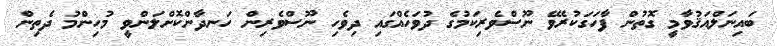
ބައިނަލްއަޤުވާމީ ގޮތުން ފާހަގަކުރެވޭ ނޫސްވެރިކަމުގެ ދުވަހެއްގައި ދިވެހި ނޫސްވެރިން ހަނދާންކޮށްލަންވީ މުހިންމު ދެތިން